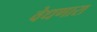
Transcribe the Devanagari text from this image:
वेधणारा